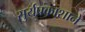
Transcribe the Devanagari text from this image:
सुर्यप्रकाशाने